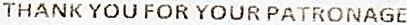
THANK YOU FOR YOUR PATRONAGE